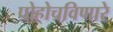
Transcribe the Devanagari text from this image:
पोहोचविणारे